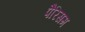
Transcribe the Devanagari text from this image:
पैरिसम